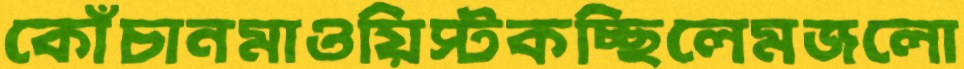
কোঁচানমাওয়িস্টকচ্ছিলেমজলো